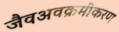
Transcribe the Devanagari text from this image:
जैवअवक्रमीकरण